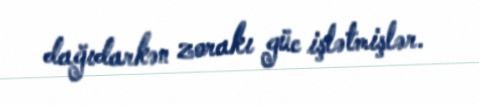
dağıdarkən zorakı güc işlətmişlər.